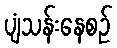
ပျံသန်းနေစဉ်